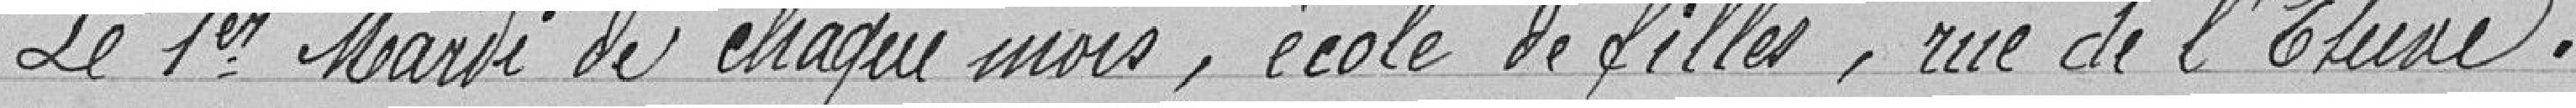
"Le premier mardi de chaque mois, école de filles, rue de l'Étuve